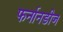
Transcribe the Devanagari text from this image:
फर्नानडीज